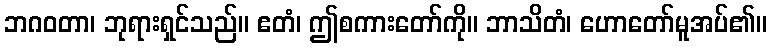
ဘဂဝတာ၊ ဘုရားရှင်သည်။ ဧတံ၊ ဤစကားတော်ကို။ ဘာသိတံ၊ ဟောတော်မူအပ်၏။